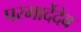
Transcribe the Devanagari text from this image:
परमार्देदेव